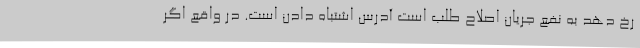
رخ دهد به نفع جریان اصلاح طلب است آدرس اشتباه دادن است. در واقع اگر